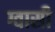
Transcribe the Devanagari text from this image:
ग्वासी